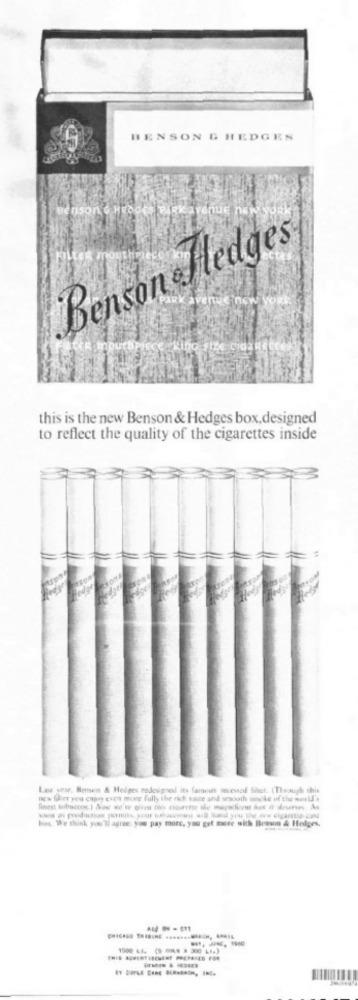
BENSON & HEDGES
Benson & HEDO
PARK AVENUE NEW YOR
Benson & Hedges
mouth
Park avenue new york
CIGARES
this is the new Benson & Hedges box, designed
to reflect the quality of the cigarettes inside
hedge
Last year, Bensin & Hedges redesigned its famous sevessel Sheet. (Through this
new fler you enjoy cups more fully the rich sante and sesooth smoke of the world's
bus. We think you'll agree: you pay more, you get more with Beason & Hedges,
---
1500 LA. (5 698 = 300 LI-)